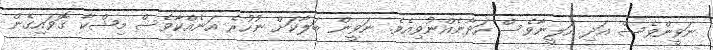
ނަވީންވެސް އަދި އަލީނާވެސް ހަދާނެއްނުވިއެވެ. ނަވީން ބަލާކަށް ނުހުރެ އަނެއްކާވެސް މިޝްކާ ގޮވައިގެން